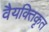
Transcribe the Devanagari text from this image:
वैयक्तिकृत